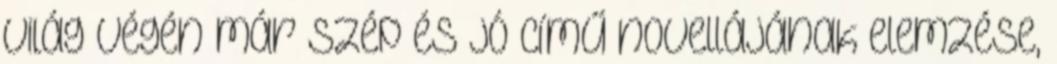
világ végén már szép és jó című novellájának elemzése,